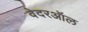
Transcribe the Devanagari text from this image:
वेदरऑल